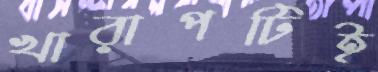
খারাপটিই